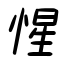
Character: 惺